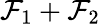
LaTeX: \mathcal{F}_{1}+\mathcal{F}_{2}